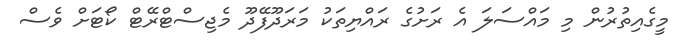
މީގެއިތުރުން މި މައްސަލަ އެ ރަށުގެ ރައްޔިތަކު މަރަދޫފޭދޫ މެޖިސްޓްރޭޓް ކޯޓަށް ވެސް